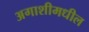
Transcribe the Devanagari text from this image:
अगाशीमधील